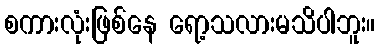
စကားလုံးဖြစ်နေ ရော့သလားမသိပါဘူး။